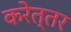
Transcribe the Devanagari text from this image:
करेत्तर